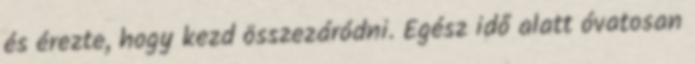
és érezte, hogy kezd összezáródni. Egész idő alatt óvatosan